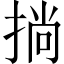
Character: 𢮐